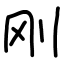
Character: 刚